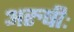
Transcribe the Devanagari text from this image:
अरुषीः